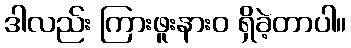
ဒါလည်း ကြားဖူးနားဝ ရှိခဲ့တာပါ။